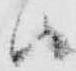
ハ